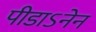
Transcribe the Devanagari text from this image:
पीडाऽनेन